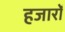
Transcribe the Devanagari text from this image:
हजारोँ